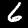
Label: 6